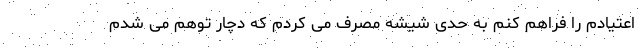
اعتیادم را فراهم کنم به حدی شیشه مصرف می کردم که دچار توهم می شدم